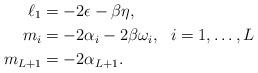
LaTeX: \begin{align*}\ell_1 &= -2\epsilon-\beta\eta,\\m_i &= -2\alpha_i-2\beta\omega_i,\ \ i=1,\ldots,L\\m_{L+1} &= -2\alpha_{L+1}.\end{align*}